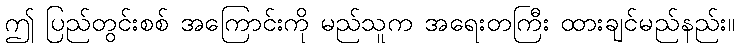
ဤ ပြည်တွင်းစစ် အကြောင်းကို မည်သူက အရေးတကြီး ထားချင်မည်နည်း။